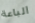
الباعة